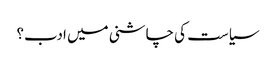
سیاست کی چاشنی میں ادب؟